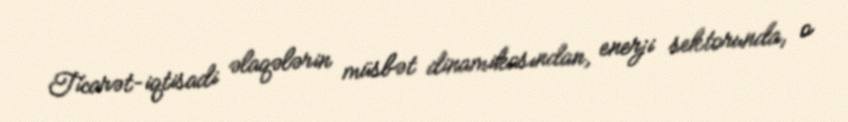
Ticarət-iqtisadi əlaqələrin müsbət dinamikasından, enerji sektorunda, o